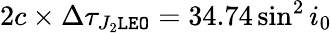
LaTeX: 2c\times\Delta\tau_{J_{2}\tt LEO}=34.74\sin^{2}i_{0}